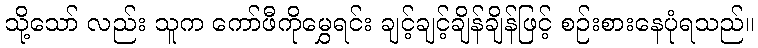
သို့သော် လည်း သူက ကော်ဖီကိုမွှေရင်း ချင့်ချင့်ချိန်ချိန်ဖြင့် စဉ်းစားနေပုံရသည်။